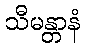
သီမန္တာနံ